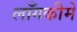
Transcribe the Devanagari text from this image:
लाँगकीमे